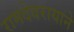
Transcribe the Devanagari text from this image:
रामदेवरायाने